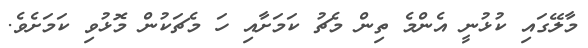
މާލޭގައި ކުޅުނީ އެންމެ ތިން މެޗު ކަމަށާއި ހަ މެޗަކުން މޮޅުވި ކަމަށެވެ.